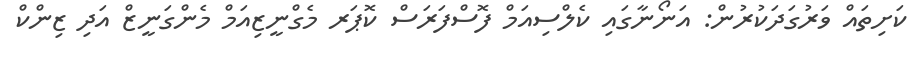
ކަށިތައް ވަރުގަދަކުރުން: އަނޯނާގައި ކެލްސިއަމް ފޮސްފަރަސް ކޮޕަރ މެގްނީޒިއަމް މެންގަނީޒް އަދި ޒިންކް